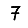
Digit: 7